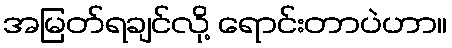
အမြတ်ရချင်လို့ ရောင်းတာပဲဟာ။